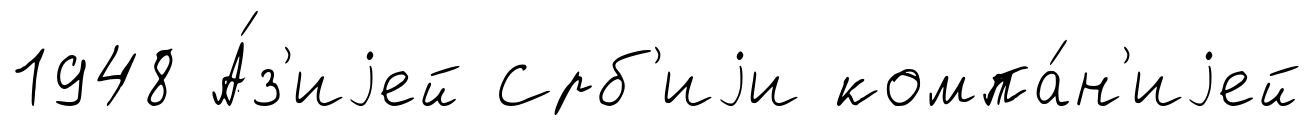
1948 А́з'иjей Срб'иjи компа́н'иjей